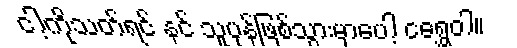
ငါ့ကိုသတ်ရင် နင် သူပုန်ဖြစ်သွားမှာပေါ့ ငရွှေဝါ။